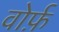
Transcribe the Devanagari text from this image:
वोर्फ़